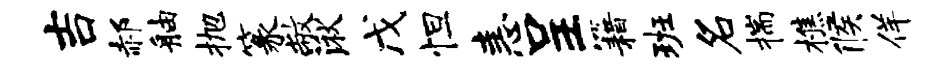
吉郝舳抛篆敝湫戊怛恚呈籍班名揣樵候佯